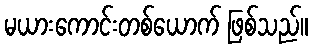
မယားကောင်းတစ်ယောက် ဖြစ်သည်။